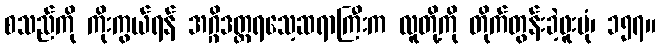
စသည်ကို ကိုးကွယ်ရန် အဂ္ဂိဒတ္တရသေ့ဆရာကြီးက လူတို့ကို တိုက်တွန်းခဲ့ဖူးပုံ၊ ၁၅၇။